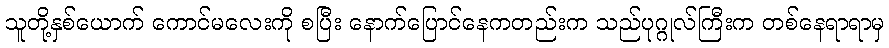
သူတို့နှစ်ယောက် ကောင်မလေးကို စပြီး နောက်ပြောင်နေကတည်းက သည်ပုဂ္ဂုလ်ကြီးက တစ်နေရာရာမှ